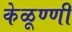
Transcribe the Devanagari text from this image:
केळूण्णी